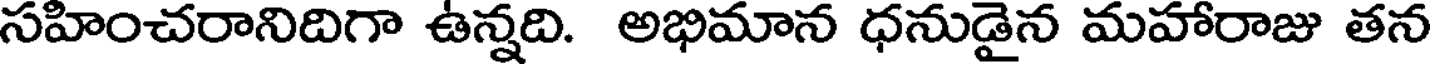
సహించరానిదిగా ఉన్నది. అభిమాన ధనుడైన మహారాజు తన